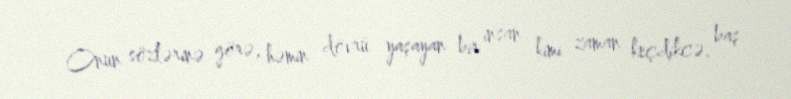
Onun sözlərinə görə, həmin dövrü yaşayan bir insan kimi zaman keçdikcə, baş